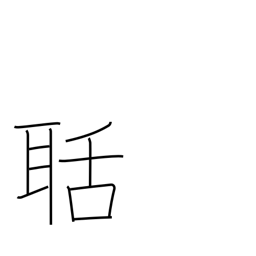
Meaning: noisy